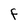
Character: f